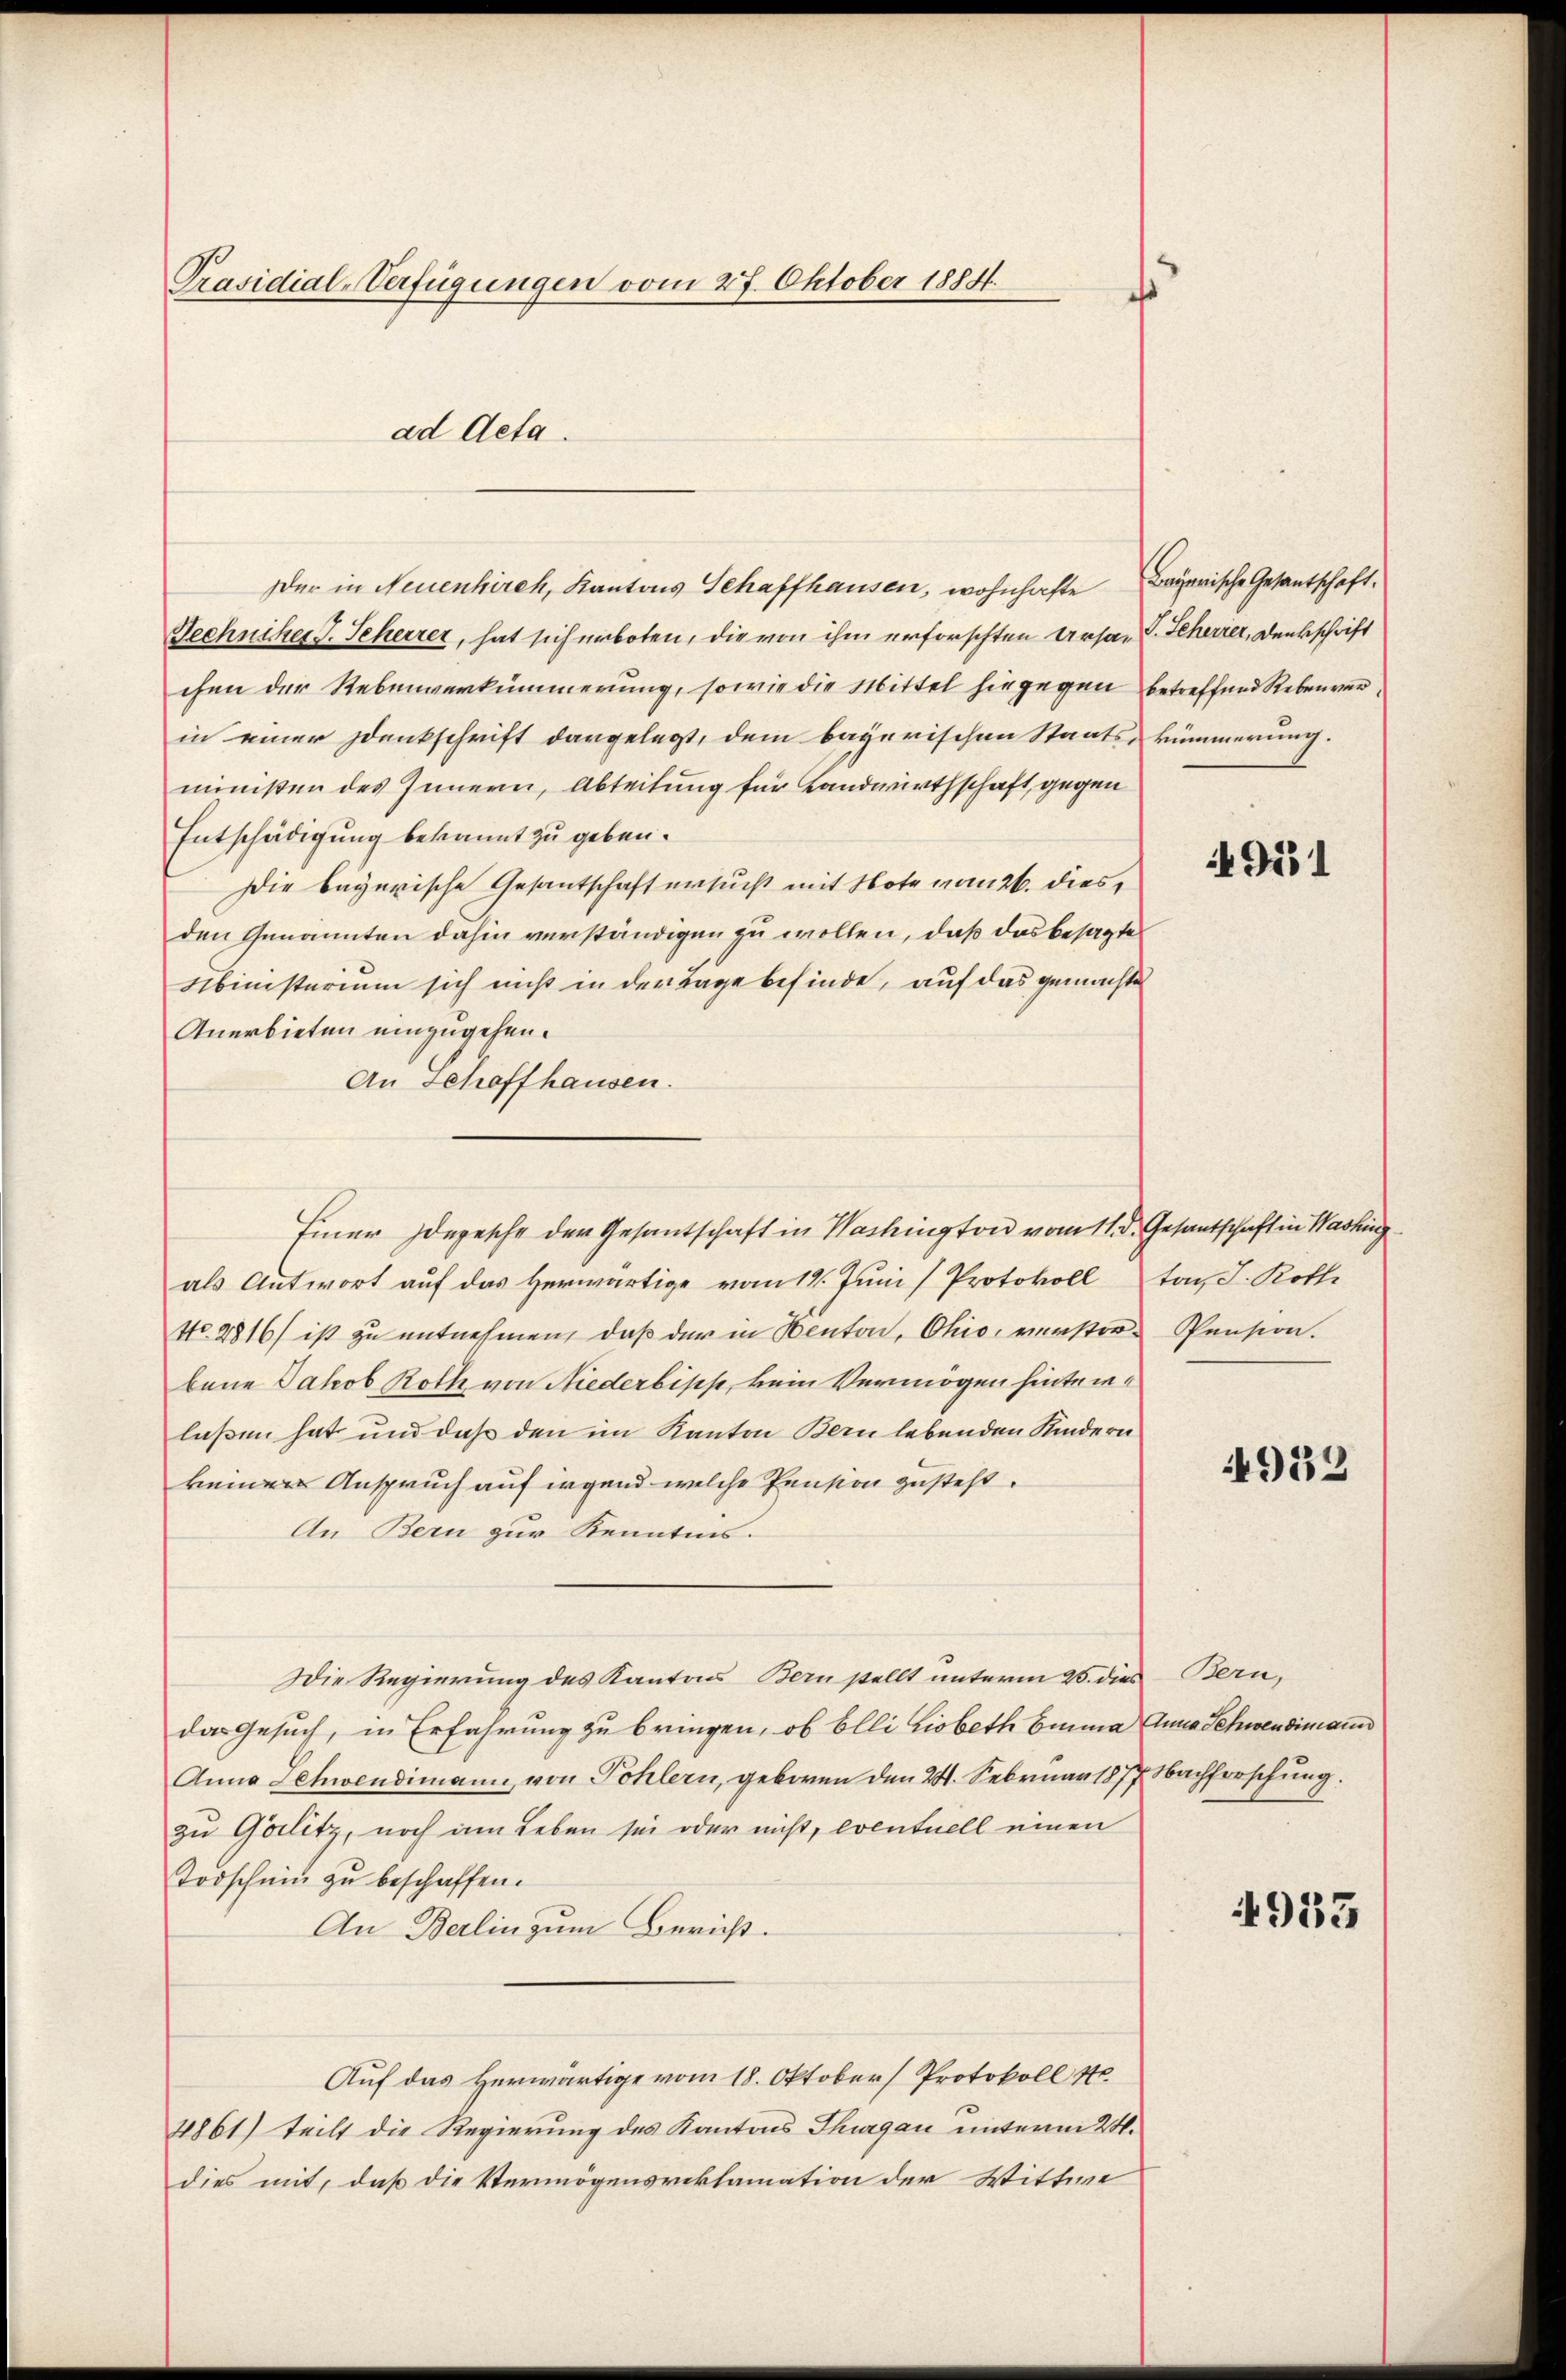
Präsidial-Verfügungen vom 27. Oktober 1884.

Der in Neuenkirch, Kantons Schaffhausen, wohnhafte Bayerische Gesantschaft.
Techniker J. Seherrer, hat sich erboten, die von ihm erforschten Ursa- V. Seherrer, Denkschrift
chen der Rebenverkümmerung, sowie die Mittel hingegen betreffend Rebenverin einer Denkschrift dargelegt, dem bayerischen Staats- kümmerung.
ministen des Innern, Abteilung für Landwirthschaft, gegen
Entschädigung bekannt zu geben.
Die bayerische Gesantschaft ersucht mit Note vom 26. diesden Genannten dahin verständigen zu wollen, daß das besagte
Libinisterium sich nicht in der Lage befinde, auf das gemachte
Anerbieten einzugehen.
An Schaffhausen.
als Antwort auf das Herwärtige vom 14. Juni Protokoll
No. 2816/ ist zu entnehmen, daß der in Senton, Ohio, verstor-Pension.
baue Jakob Roth von Niederbiss, kein Vermögen hintrielaßen hat und daß den im Kanton Bern lebenden Kinderni
keiner Anspruch auf irgend welche Pension zusteht.
An Bern zur Kenntnis.
Die Regierung des Kantons Bern stellt unterm 25. dies Bern,
das Gesuch, in Erfahrung zu bringen, ob Elli Lisbeth Emma Anna Schwendimann
Anna Schwendimann, von Pohlern, geboren den 21. Sebruar 1877 Nachforschung.
zu Görlitz, noch am Leben sei oder nicht, eventuell einen
Todschein zu beschaffen.
An Berlin zum Bericht.
Auf das Herwärtige vom 18. Oktober Protokoll st
4861) teilt die Regierung des Kantons Thurgau unterm 20.
dies mit, daß die Vermögensreklamation der Wittwe

ad Acta.

Einer Depesche der Gesantschaft in Washington vom 11. d. Gesantschaft in Washing

r

4911

ton, d. Roth

4952

4933